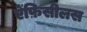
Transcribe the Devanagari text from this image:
ऐंफ़िसीलस